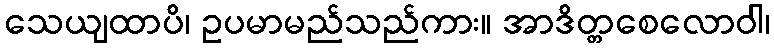
သေယျထာပိ၊ ဥပမာမည်သည်ကား။ အာဒိတ္တစေလောဝါ၊